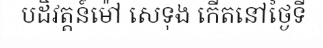
បដិវត្តន៍ម៉ៅ សេទុង កើតនៅថ្ងៃទី